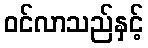
ဝင်လာသည်နှင့်